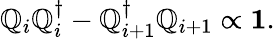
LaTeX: \mathbb{Q}_{i}\mathbb{Q}_{i}^{\dagger}-\mathbb{Q}_{i+1}^{\dagger}\mathbb{Q}_{i+1}\propto\mathbf{{1}}.